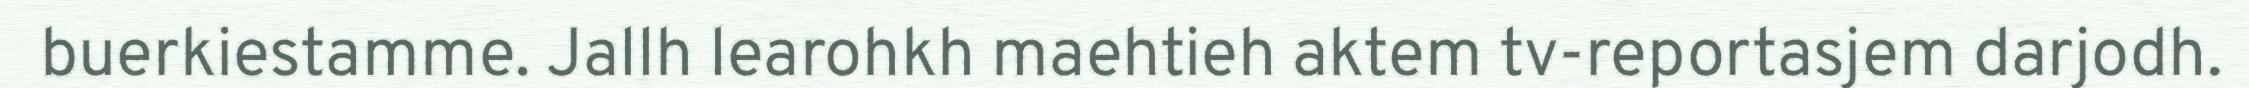
buerkiestamme. Jallh learohkh maehtieh aktem tv-reportasjem darjodh.